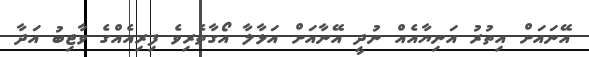
އޭނައަށް އިތުރު އަނިޔާއެއް ނުދީ އޭނާއަށް އަޅާލާ އޯގާތެރިވެ ފިރިއެއްގެ ވާޖިބު އަދާ